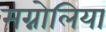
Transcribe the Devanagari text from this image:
मग्नोलिया